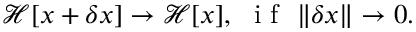
\mathcal { H } [ x + \delta x ] \rightarrow \mathcal { H } [ x ] , \nobreakspace \mathrm { ~ i ~ f ~ } \nobreakspace \lVert \delta x \rVert \rightarrow 0 .